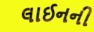
લાઈનની